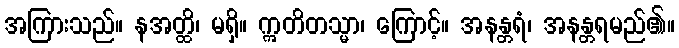
အကြားသည်။ နအတ္ထိ၊ မရှိ။ ဣတိတသ္မာ၊ ကြောင့်။ အနန္တရံ၊ အနန္တရမည်၏။